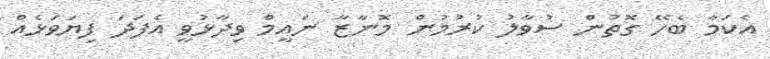
އެކަމާ ބެހޭ ގޮތުން ސުވާލު ކުރުމުން މޮނާޒާ ނައީމް ވިދާޅުވީ އެފަދަ ފިޔަވަޅެއް